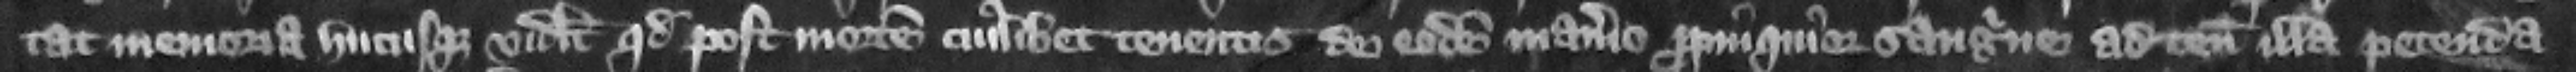
tat memoria hucusque videlicet quod post mortem cuiuslibet tenentis de eodem manerio propinquior sanguine ad tenementa illa petenda